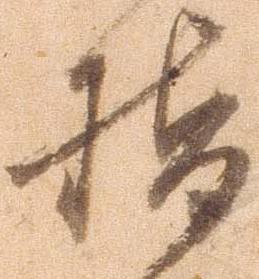
指